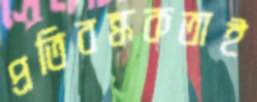
প্রতিবন্ধকতাই